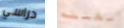
دراسي مهنته